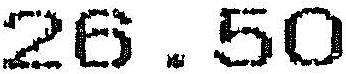
26.50